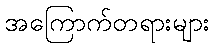
အကြောက်တရားများ